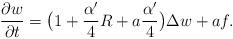
LaTeX: \begin{align*}\frac{\partial w}{\partial t}=\big(1+\frac{\alpha'}{4}R+a\frac{\alpha'}{4}\big)\Delta w+af.\end{align*}